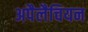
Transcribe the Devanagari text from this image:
अपैलैचियन